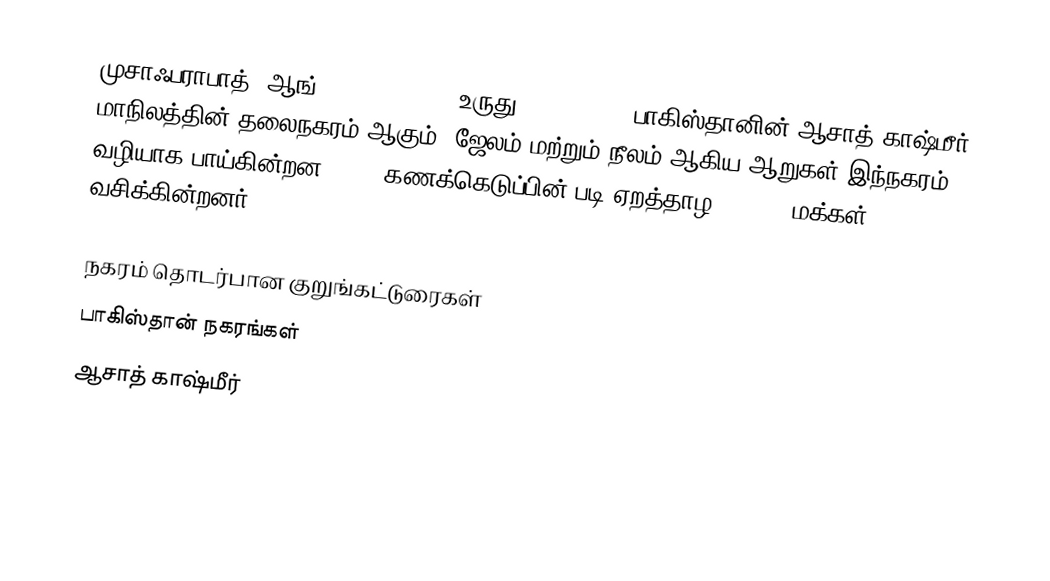
முசாஃபராபாத் (ஆங்: Muzaffarabad, உருது: مظفر آباد) பாகிஸ்தானின் ஆசாத் காஷ்மீர் மாநிலத்தின் தலைநகரம் ஆகும். ஜேலம் மற்றும் நீலம் ஆகிய ஆறுகள் இந்நகரம் வழியாக பாய்கின்றன. 1999 கணக்கெடுப்பின் படி ஏறத்தாழ 741,000 மக்கள் வசிக்கின்றனர்.

நகரம் தொடர்பான குறுங்கட்டுரைகள்
பாகிஸ்தான் நகரங்கள்
ஆசாத் காஷ்மீர்